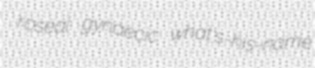
roseal gynaecic what's-his-name